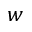
w